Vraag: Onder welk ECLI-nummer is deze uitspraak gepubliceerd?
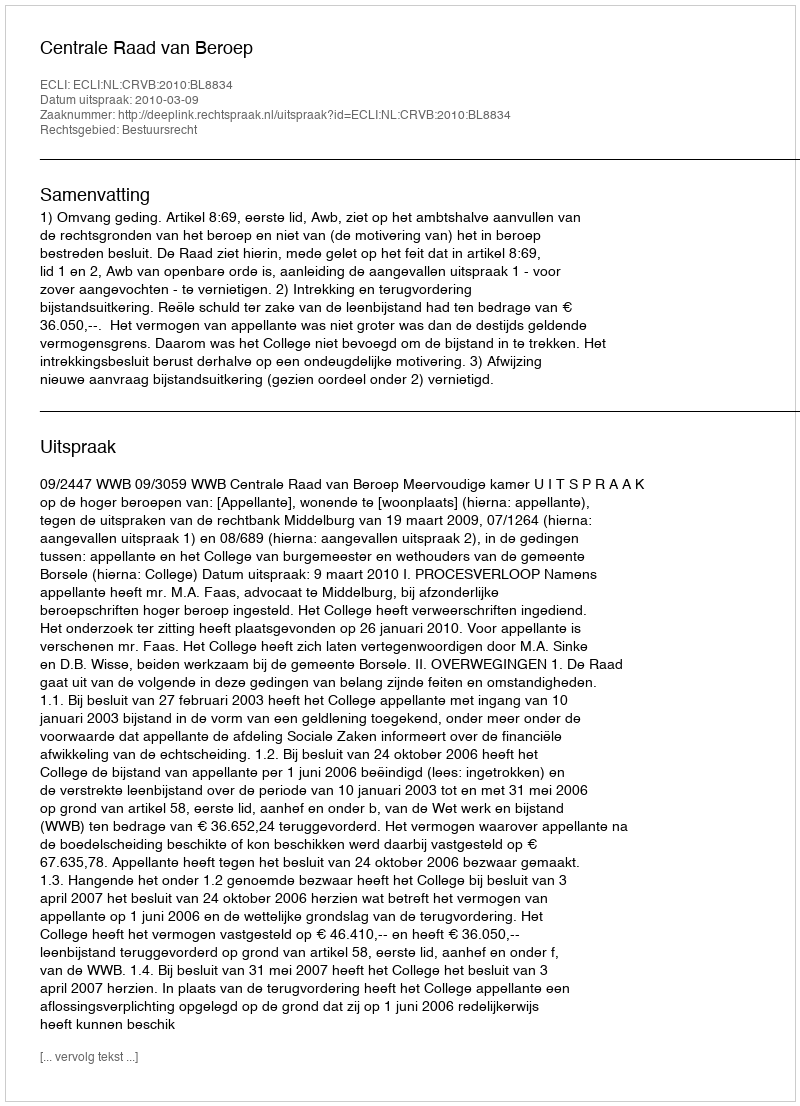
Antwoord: ECLI:NL:CRVB:2010:BL8834